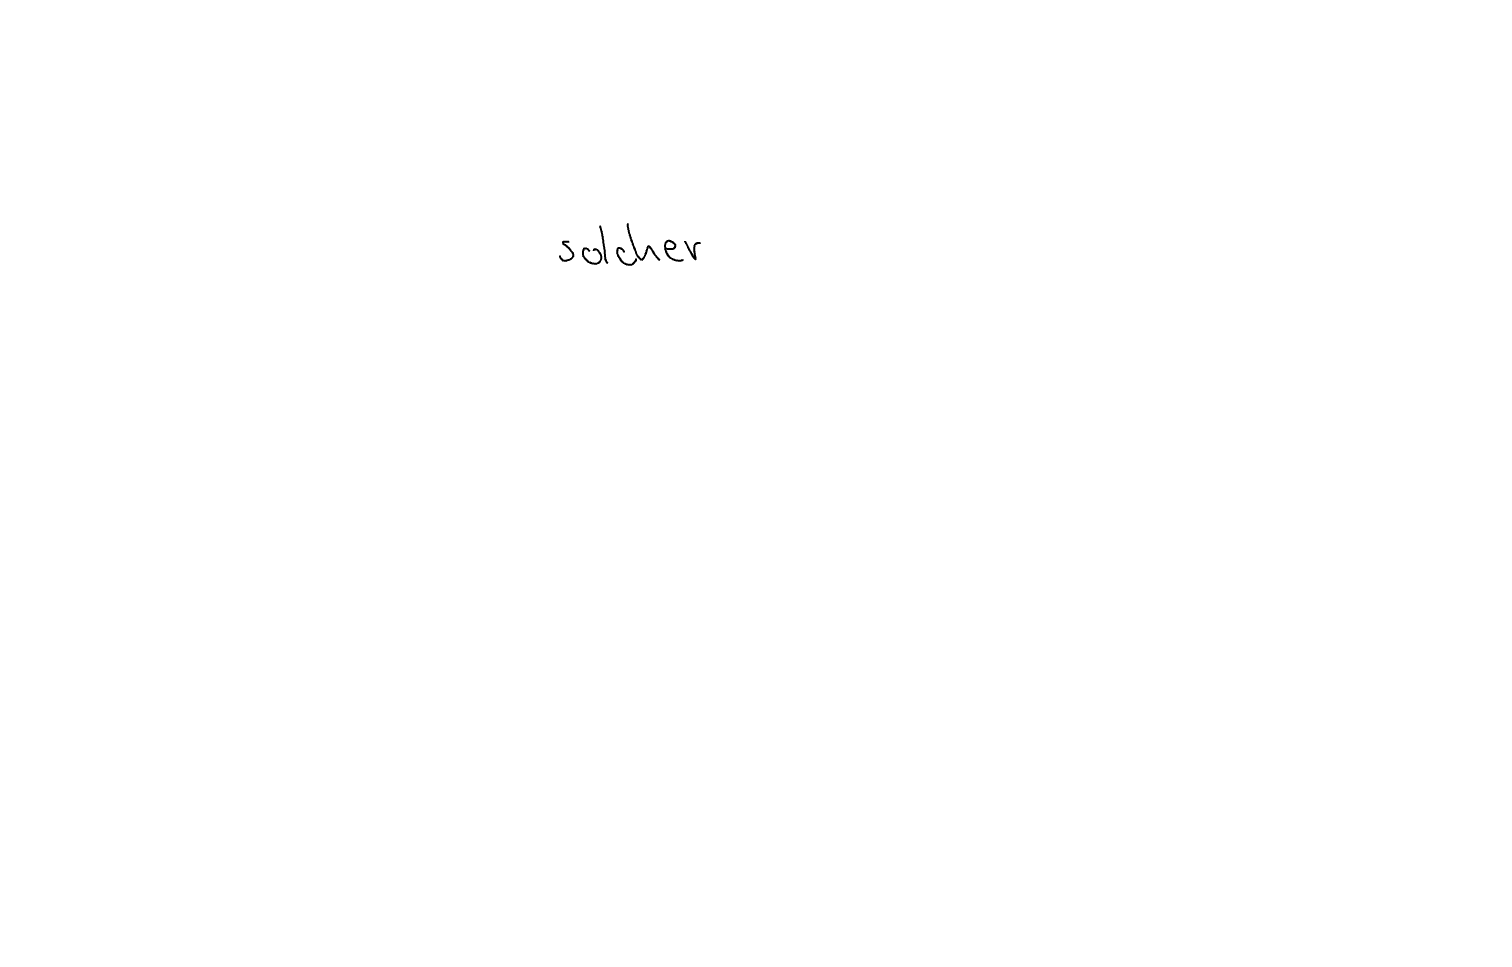
Text: solcher